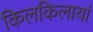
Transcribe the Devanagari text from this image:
किलकिलायां